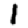
Digit: 1